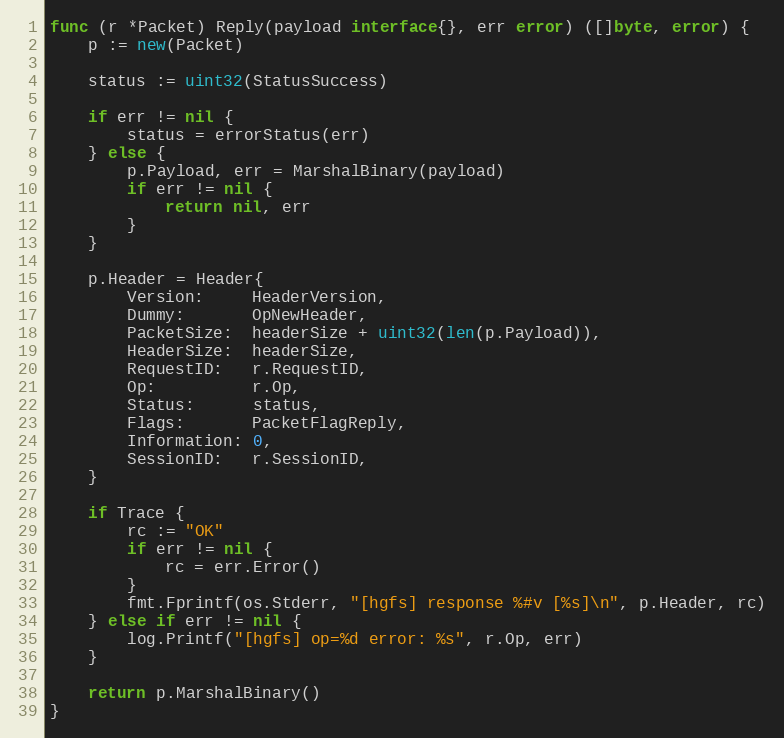
Language: Go
func (r *Packet) Reply(payload interface{}, err error) ([]byte, error) {
	p := new(Packet)

	status := uint32(StatusSuccess)

	if err != nil {
		status = errorStatus(err)
	} else {
		p.Payload, err = MarshalBinary(payload)
		if err != nil {
			return nil, err
		}
	}

	p.Header = Header{
		Version:     HeaderVersion,
		Dummy:       OpNewHeader,
		PacketSize:  headerSize + uint32(len(p.Payload)),
		HeaderSize:  headerSize,
		RequestID:   r.RequestID,
		Op:          r.Op,
		Status:      status,
		Flags:       PacketFlagReply,
		Information: 0,
		SessionID:   r.SessionID,
	}

	if Trace {
		rc := "OK"
		if err != nil {
			rc = err.Error()
		}
		fmt.Fprintf(os.Stderr, "[hgfs] response %#v [%s]\n", p.Header, rc)
	} else if err != nil {
		log.Printf("[hgfs] op=%d error: %s", r.Op, err)
	}

	return p.MarshalBinary()
}